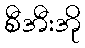
စီအီးအို